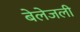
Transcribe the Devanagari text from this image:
बेलेजली